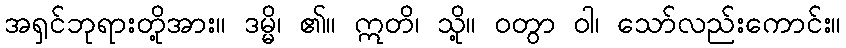
အရှင်ဘုရားတို့အား။ ဒမ္မိ၊ ၏။ ဣတိ၊ သို့။ ဝတွာ ဝါ၊ သော်လည်းကောင်း။